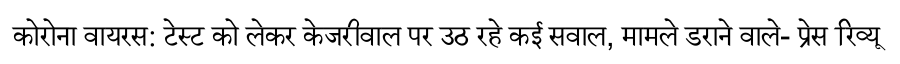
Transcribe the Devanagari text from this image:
कोरोना वायरस: टेस्ट को लेकर केजरीवाल पर उठ रहे कई सवाल, मामले डराने वाले- प्रेस रिव्यू